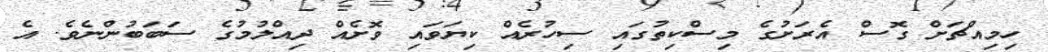
ހިމިއްޗަށް ގޮސް އެރަށުގެ މިސްކިތުގައި ސިހުރެއް ކިޔަވައި ވޮށެއް ދިއްލުމުގެ ސަބަބުންނެވެ. އެ